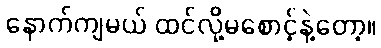
နောက်ကျမယ် ထင်လို့မစောင့်နဲ့တော့။